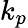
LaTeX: k_{p}